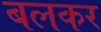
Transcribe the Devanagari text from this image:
बलकर